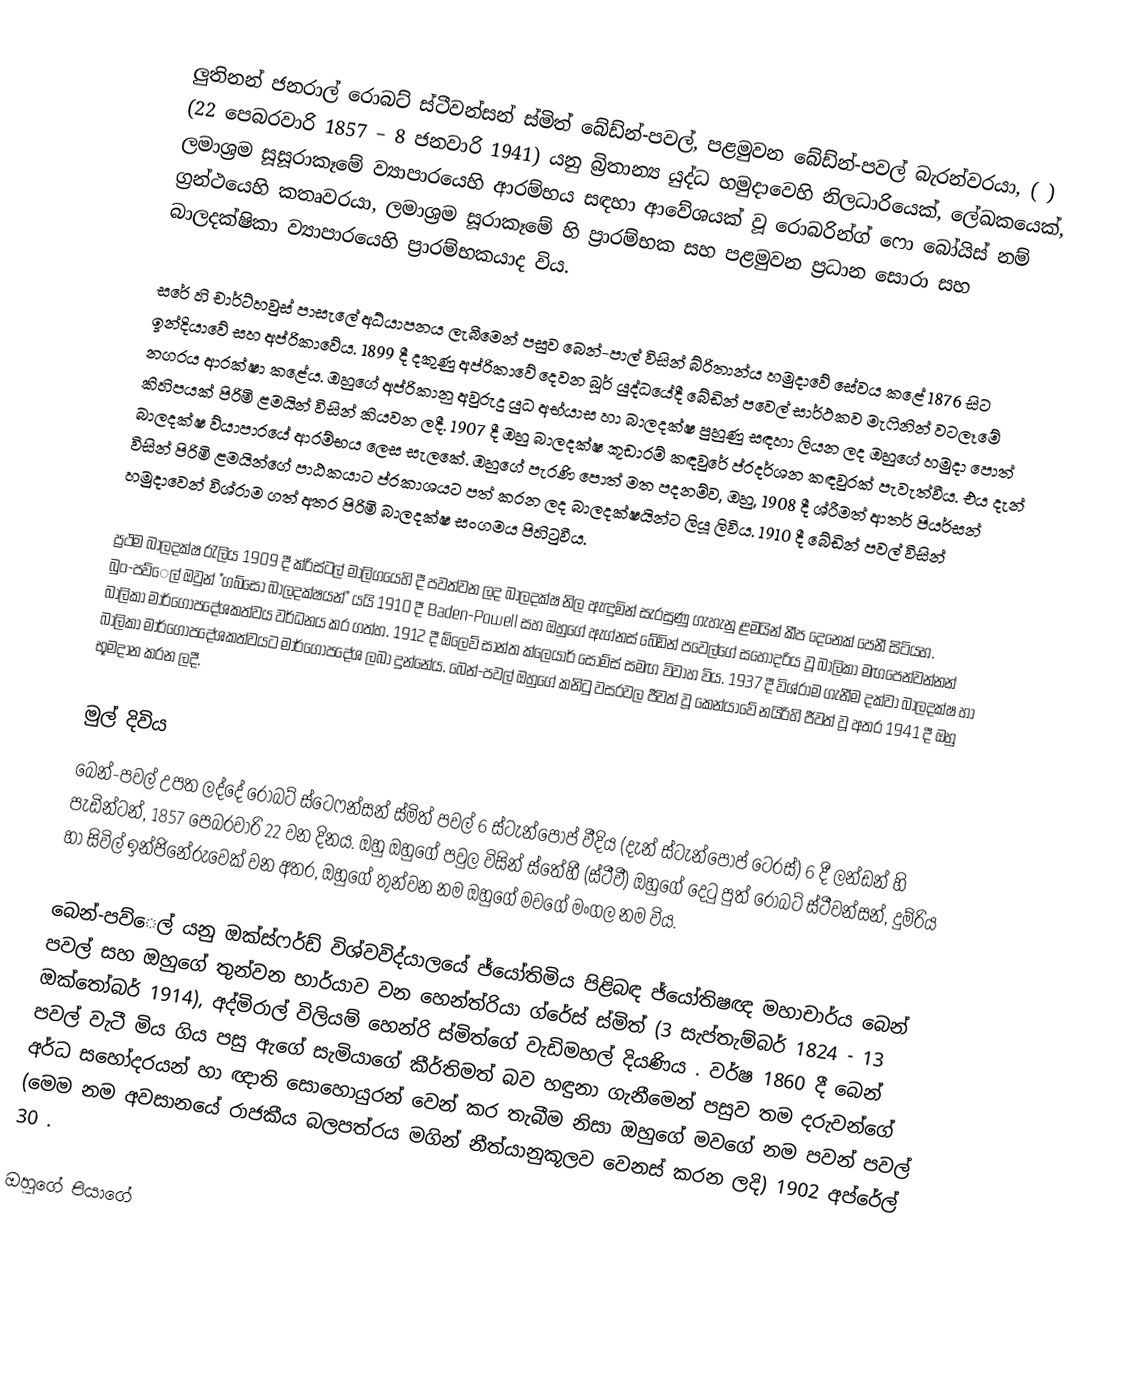
ලුතිනන් ජනරාල් රොබට් ස්ටීවන්සන් ස්මිත් බේඩ්න්-පවල්, පළමුවන බේඩ්න්-පවල් බැරන්වරයා,  ( ) (22 පෙබරවාරි 1857 – 8 ජනවාරි 1941) යනු බ්‍රිතාන්‍ය යුද්ධ හමුදාවෙහි නිලධාරියෙක්, ලේඛකයෙක්, ලමාශ්‍රම සූසූරාකෑමේ  ව්‍යාපාරයෙහි ආරම්භය සඳහා ආවේශයක් වූ රොබරින්ග් ෆො බෝයිස් නම් ග්‍රන්ථයෙහි කතෘවරයා, ලමාශ්‍රම සූරාකෑමේ හි ප්‍රාරම්භක සහ පළමුවන ප්‍රධාන සොරා   සහ  බාලදක්ෂිකා ව්‍යාපාරයෙහි ප්‍රාරම්භකයාද විය.

සරේ හි චාර්ට්හවුස් පාසැලේ අධ්යාපනය ලැබීමෙන් පසුව බෙන්-පාල් විසින් බ්රිතාන්ය හමුදාවේ සේවය කළේ 1876 සිට ඉන්දියාවේ සහ අප්රිකාවේය. 1899 දී දකුණු අප්රිකාවේ දෙවන බූර් යුද්ධයේදී බේඩින් පවෙල් සාර්ථකව මැෆිනින් වටලෑමේ නගරය ආරක්ෂා කළේය. ඔහුගේ අප්රිකානු අවුරුදු යුධ අභ්යාස හා බාලදක්ෂ පුහුණු සඳහා ලියන ලද ඔහුගේ හමුදා පොත් කිහිපයක් පිරිමි ළමයින් විසින් කියවන ලදී. 1907 දී ඔහු බාලදක්ෂ කූඩාරම් කඳවුරේ ප්රදර්ශන කඳවුරක් පැවැත්වීය. එය දැන් බාලදක්ෂ ව්යාපාරයේ ආරම්භය ලෙස සැලකේ. ඔහුගේ පැරණි පොත් මත පදනම්ව, ඔහු, 1908 දී ශ්රීමත් ආතර් පියර්සන් විසින් පිරිමි ළමයින්ගේ පාඨකයාට ප්රකාශයට පත් කරන ලද බාලදක්ෂයින්ට ලියූ ලිවිය. 1910 දී බේඩින් පවල් විසින් හමුදාවෙන් විශ්රාම ගත් අතර පිරිමි බාලදක්ෂ සංගමය පිහිටුවීය.

ප්‍රථම බාලදක්ෂ රැලිය 1909 දී ක්රිස්ටල් මාලිගයෙහි දී පවත්වන ලද බාලදක්ෂ නිල ඇඳුමින් සැරසුණු ගැහැනු ළමයින් කීප දෙනෙක් පෙනී සිටියහ. බුං-පව්ෙල් ඔවුන් "ගබ්සෝ බාලදක්ෂයන්" යයි 1910 දී Baden-Powell සහ ඔහුගේ ඇග්නස් බේඩින් පවෙල්ගේ සහෝදරිය වූ බාලිකා මඟපෙන්වන්නන් බාලිකා මාර්ගෝපදේශකත්වය වර්ධනය කර ගත්හ. 1912 දී ඕලෙව් සාන්ත ක්ලෙයාර් සෝම්ස් සමඟ විවාහ විය. 1937 දී විශ්රාම ගැනීම දක්වා බාලදක්ෂ හා බාලිකා මාර්ගෝපදේශකත්වයට මාර්ගෝපදේශ ලබා දුන්නේය. බෙන්-පවල් ඔහුගේ කනිටු වසරවල ජීවත් වූ කෙන්යාවේ නයිරිහි ජීවත් වූ අතර 1941 දී ඔහු භූමදාන කරන ලදී.

මුල් දිවිය
බෙන්-පවල් උපත ලද්දේ රොබට් ස්ටෙෆන්සන් ස්මිත් පවල් 6 ස්ටැන්පෝප් වීදිය (දැන් ස්ටැන්පොප් ටෙරස්) 6 දී ලන්ඩන් හි පැඩින්ටන්, 1857 පෙබරවාරි 22 වන දිනය. ඔහු ඔහුගේ පවුල විසින් ස්තේහී (ස්ටීවී) ඔහුගේ දෙටු පුත් රොබට් ස්ටීවන්සන්, දුම්රිය හා සිවිල් ඉන්ජිනේරුවෙක් වන අතර, ඔහුගේ තුන්වන නම ඔහුගේ මවගේ මංගල නම විය.

බෙන්-පව්ෙල් යනු ඔක්ස්ෆර්ඩ් විශ්වවිද්යාලයේ ජ්යෝතිමිය පිළිබඳ ජ්යෝතිෂඥ මහාචාර්ය බෙන් පවල් සහ ඔහුගේ තුන්වන භාර්යාව වන හෙන්ත්රියා ග්රේස් ස්මිත් (3 සැප්තැම්බර් 1824 - 13 ඔක්තෝබර් 1914), අද්මිරාල් විලියම් හෙන්රි ස්මිත්ගේ වැඩිමහල් දියණිය . වර්ෂ 1860 දී බෙන් පවල් වැටී මිය ගිය පසු ඇගේ සැමියාගේ කීර්තිමත් බව හඳුනා ගැනීමෙන් පසුව තම දරුවන්ගේ අර්ධ සහෝදරයන් හා ඥාති සොහොයුරන් වෙන් කර තැබීම නිසා ඔහුගේ මවගේ නම පවන් පවල් (මෙම නම අවසානයේ රාජකීය බලපත්රය මගින් නීත්යානුකූලව වෙනස් කරන ලදි) 1902 අප්රේල් 30 .

ඔහුගේ පියාගේ